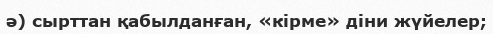
ә) сырттан қабылданған, «кірме» діни жүйелер;